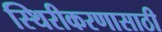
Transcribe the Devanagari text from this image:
स्थिरीकरणासाठी